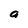
Character: a